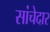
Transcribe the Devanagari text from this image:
सांचेदार